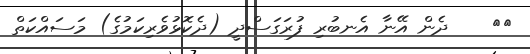
٢٢    ދެން އޭނާ އެނބުރި ފުރަގަސްދީ (ދެކޮޅުވެރިކަމުގެ) މަސައްކަތް